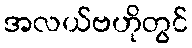
အလယ်ဗဟိုတွင်